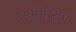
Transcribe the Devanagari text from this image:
सामहरण